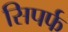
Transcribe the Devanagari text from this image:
सिपर्फ